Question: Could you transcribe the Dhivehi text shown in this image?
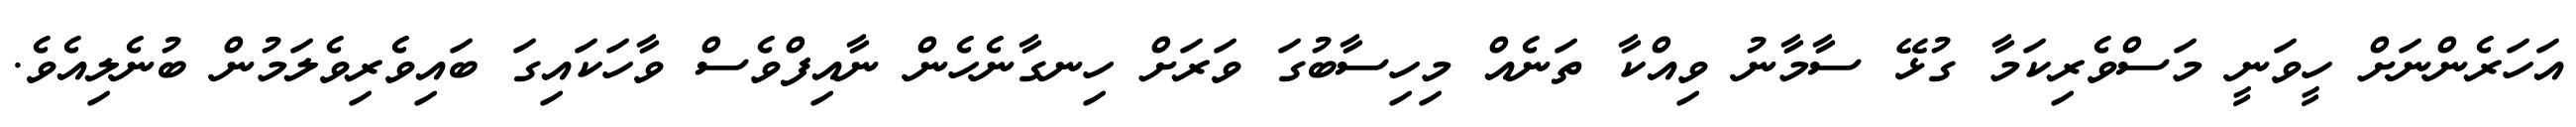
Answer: އަހަރެންނަށް ހީވަނީ މަސްވެރިކަމާ ގުޅޭ ސާމާނު ވިއްކާ ތަނެއް މިހިސާބުގަ ވަރަށް ހިނގާނެހެން ނާއިފްވެސް ވާހަކައިގަ ބައިވެރިވެލަމުން ބުނެލިއެވެ.